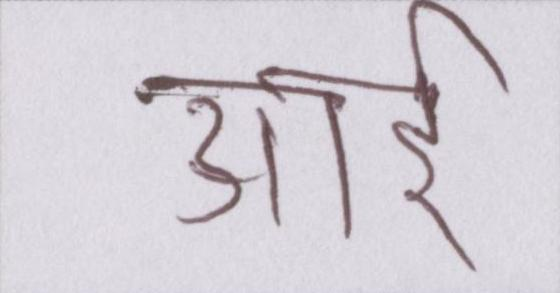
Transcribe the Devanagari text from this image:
आई